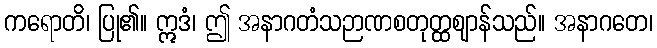
ကရောတိ၊ ပြု၏။ ဣဒံ၊ ဤ အနာဂတံသဉာဏစတုတ္ထဈာန်သည်။ အနာဂတေ၊